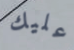
عليك